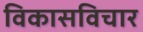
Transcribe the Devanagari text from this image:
विकासविचार